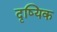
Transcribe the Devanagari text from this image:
दृष्यिक